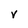
Character: v